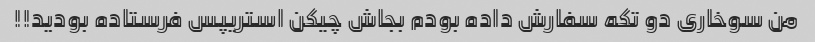
من سوخاری دو تکه سفارش داده بودم بجاش چیکن استریپس فرستاده بودید!!